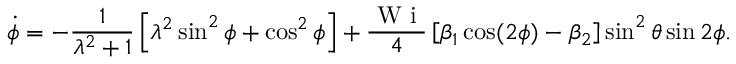
\dot { \phi } = - \frac { 1 } { \lambda ^ { 2 } + 1 } \left[ \lambda ^ { 2 } \sin ^ { 2 } \phi + \cos ^ { 2 } \phi \right] + \frac { \mathrm { ~ W ~ i ~ } } { 4 } \left[ \beta _ { 1 } \cos ( 2 \phi ) - \beta _ { 2 } \right] \sin ^ { 2 } \theta \sin 2 \phi .